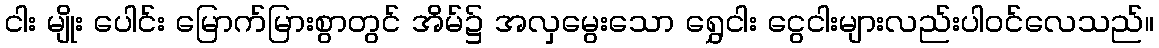
ငါး မျိုး ပေါင်း မြောက်မြားစွာတွင် အိမ်၌ အလှမွေးသော ရွှေငါး ငွေငါးများလည်းပါဝင်လေသည်။